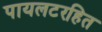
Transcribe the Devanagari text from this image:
पायलटरहित